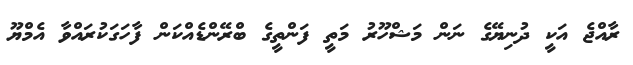
ރާއްޖެ އަކީ ދުނިޔޭގެ ނަން މަޝްހޫރު މަތީ ފަންތީގެ ބްރޭންޑެއްކަން ފާހަގަކުރައްވާ އެމްޔޫ